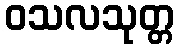
ဝသလသုတ္တ